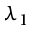
\lambda _ { 1 }